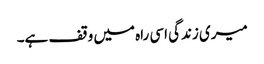
میری زندگی اسی راہ میں وقف ہے۔